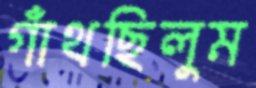
গাঁথছিলুম